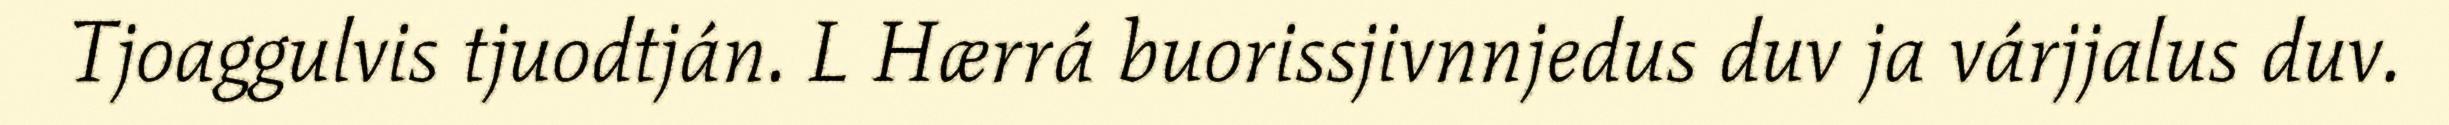
Tjoaggulvis tjuodtján. L Hærrá buorissjivnnjedus duv ja várjjalus duv.